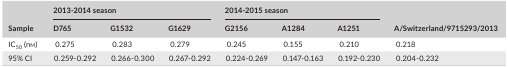
<table><thead><tr><td rowspan="2"><b>Sample</b></td><td colspan="3"><b>2013‐2014 season</b></td><td colspan="3"><b>2014‐2015 season</b></td><td rowspan="2"><b>A/Switzerland/9715293/2013</b></td></tr><tr><td><b>D765</b></td><td><b>G1532</b></td><td><b>G1629</b></td><td><b>G2156</b></td><td><b>A1284</b></td><td><b>A1251</b></td></tr></thead><tbody><tr><td>IC<sub>50</sub> (nm)</td><td>0.275</td><td>0.283</td><td>0.279</td><td>0.245</td><td>0.155</td><td>0.210</td><td>0.218</td></tr><tr><td>95% CI</td><td>0.259‐0.292</td><td>0.266‐0.300</td><td>0.267‐0.292</td><td>0.224‐0.269</td><td>0.147‐0.163</td><td>0.192‐0.230</td><td>0.204‐0.232</td></tr></tbody></table>